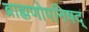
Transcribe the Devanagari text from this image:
ब्राह्मणोपनिषद्